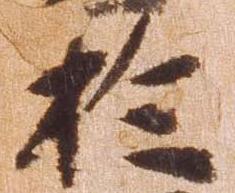
於